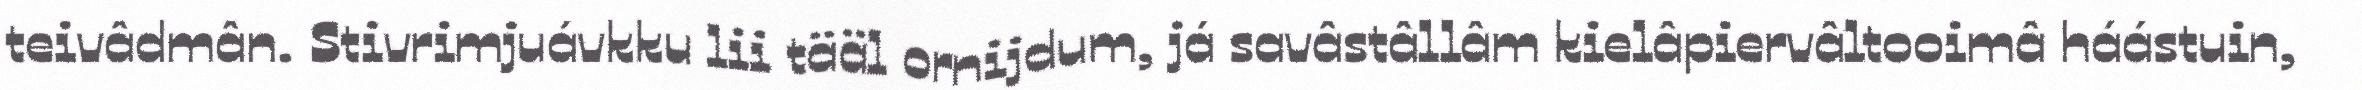
teivâdmân. Stivrimjuávkku lii tääl ornijdum, já savâstâllâm kielâpiervâltooimâ háástuin,